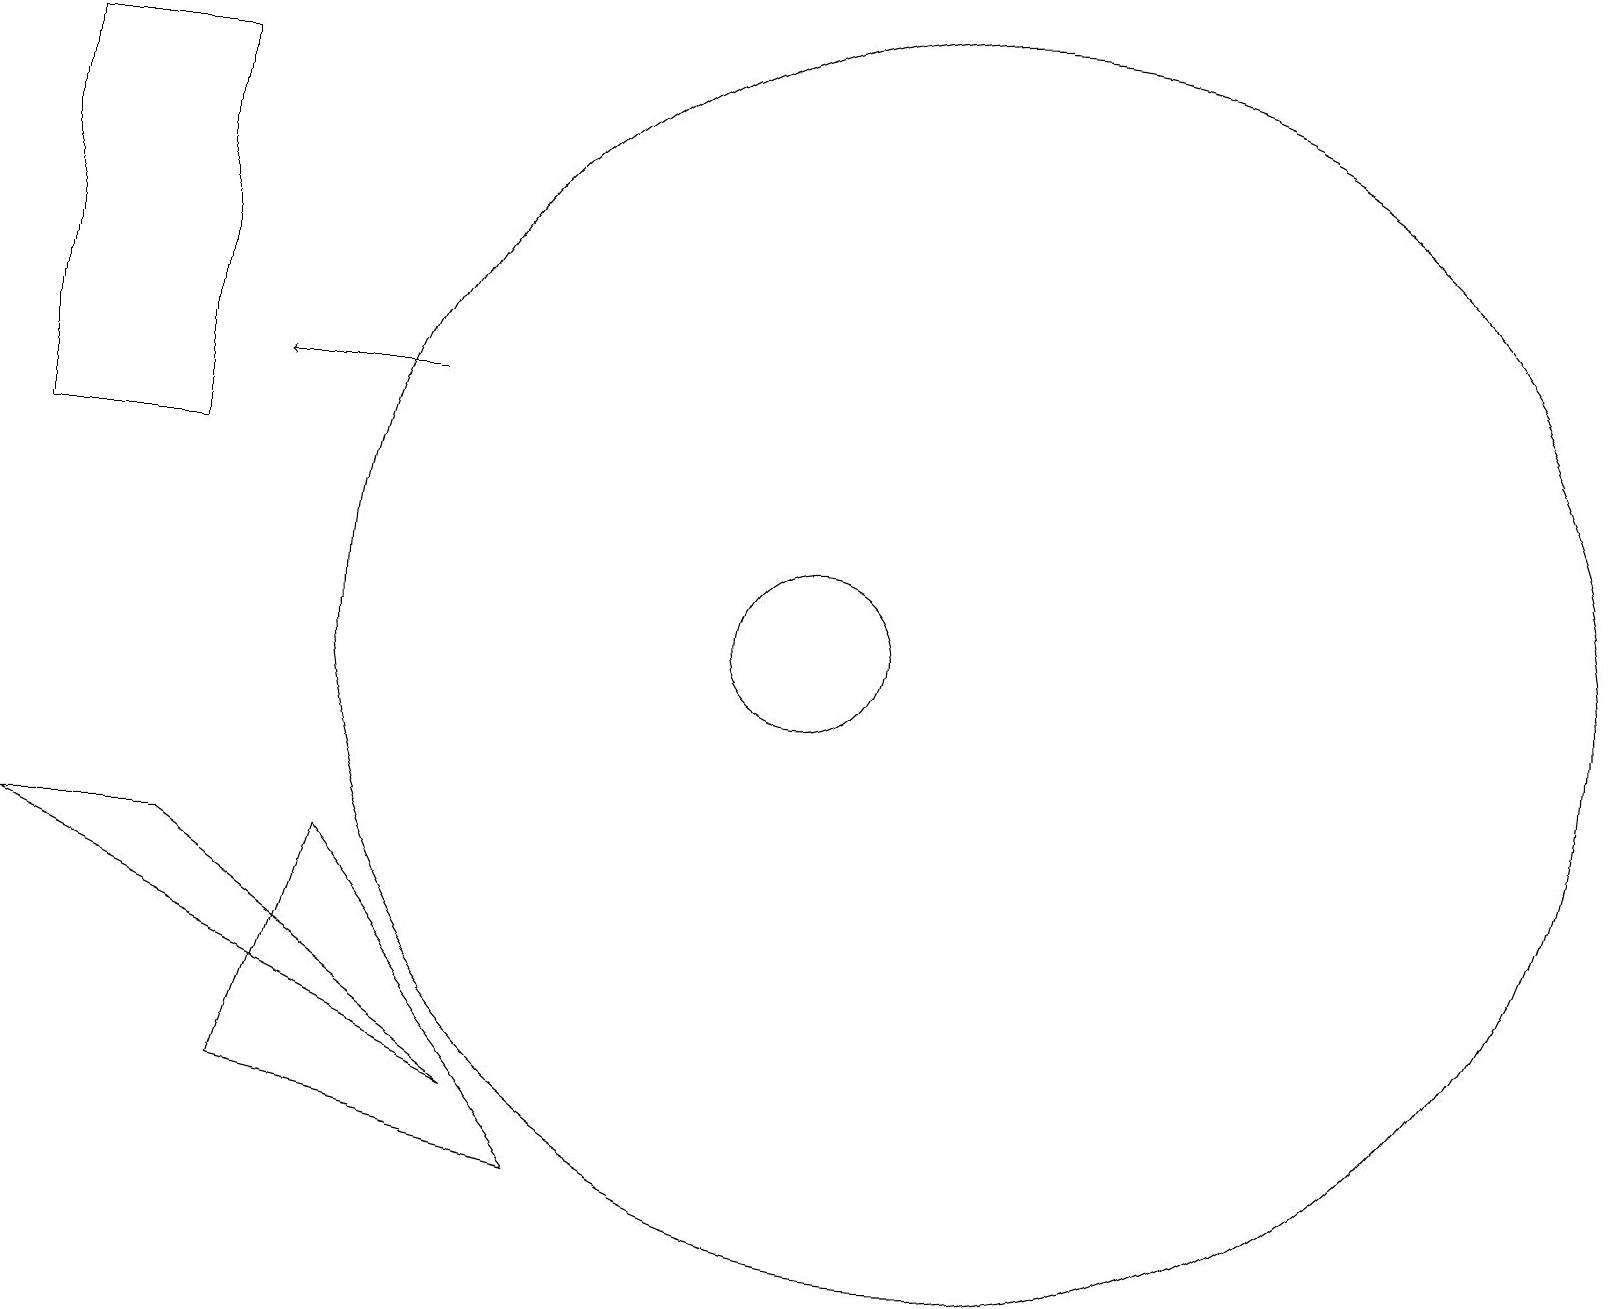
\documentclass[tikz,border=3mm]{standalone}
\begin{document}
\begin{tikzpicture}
\draw (0,18) rectangle (2,13);
\draw[->] (5,14) -- (3,14);
\draw (0,8) -- (2,8) -- (6,5) -- cycle;
\draw (12,11) circle (8);
\draw (4,8) -- (7,4) -- (3,5) -- cycle;
\draw (10,11) circle (1);
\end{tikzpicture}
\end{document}